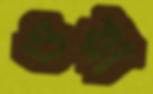
ওয়া